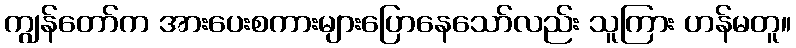
ကျွန်တော်က အားပေးစကားများပြောနေသော်လည်း သူကြား ဟန်မတူ။